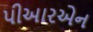
પીઆરએન